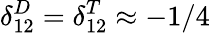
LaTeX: \delta_{12}^{D}=\delta_{12}^{T}\approx-1/4